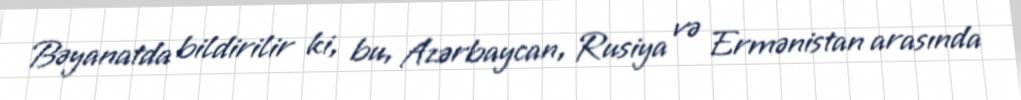
Bəyanatda bildirilir ki, bu, Azərbaycan, Rusiya və Ermənistan arasında